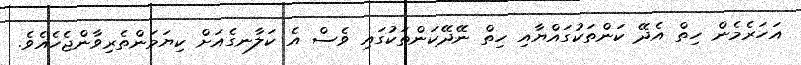
އަހަރެމެން ހިތް އެދޭ ކަންތަކުގައްޔާއި ހިތް ނޭދޭކަންތަކުގައި ވެސް އެ ކަލާނގެއަށް ކިޔަމަންތެރިވާންޖެހެއެވެ.